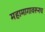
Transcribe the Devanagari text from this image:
महामागावरूनच